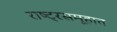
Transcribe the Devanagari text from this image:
राष्ट्रसमूहात